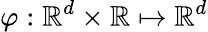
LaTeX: \varphi:\mathbb{R}^{d}\times\mathbb{R}\mapsto\mathbb{R}^{d}